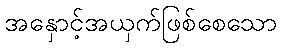
အနှောင့်အယှက်ဖြစ်စေသော